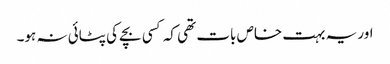
اور یہ بہت خاص بات تھی کہ کسی بچے کی پٹائی نہ ہو۔